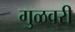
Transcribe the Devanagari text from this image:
गुळवरी